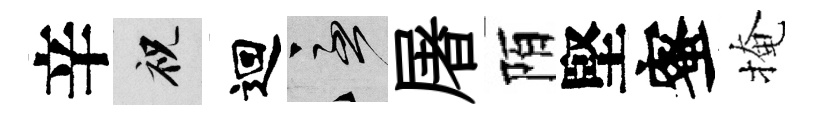
辛祝迴急屠陌堅蜜掩